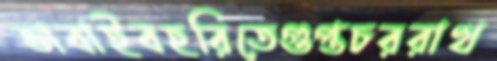
ভাবাইবহরিতেগুপ্তচররাখ